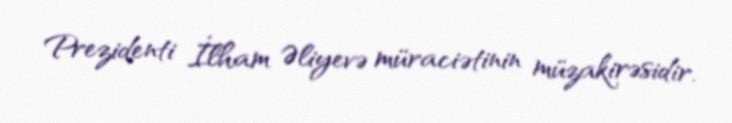
Prezidenti İlham Əliyevə müraciətinin müzakirəsidir.